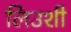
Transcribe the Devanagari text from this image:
लिउशी